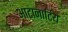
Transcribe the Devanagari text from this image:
आटानाटिय